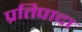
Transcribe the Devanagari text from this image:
प्रतिपादा